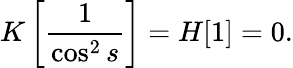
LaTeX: K\left[\frac{1}{\cos^{2}s}\right]=H[1]=0.